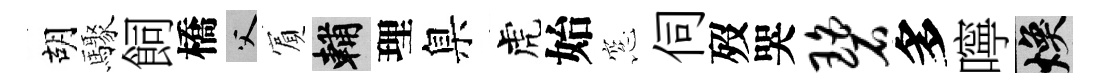
胡驟飼橋父賔輔理臬虎始窓伺歿哭碧多嚀焕